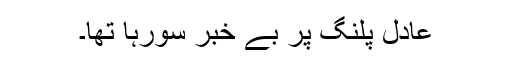
عادل پلنگ پر بے خبر سورہا تھا۔